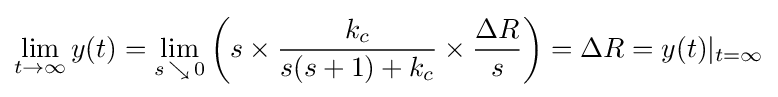
\lim _{t\to \infty }y(t)=\lim _{s\,\searrow \,0}\left(s\times {\frac {k_{c}}{s(s+1)+k_{c}}}\times {\frac {\Delta R}{s}}\right)=\Delta R=y(t)|_{t=\infty }